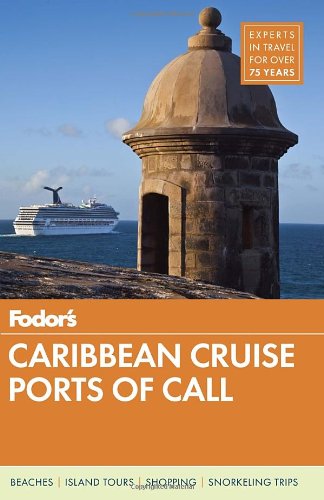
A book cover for Fodor's Caribbean Cruise Ports of Call (Travel Guide); Fodor's; Travel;